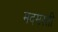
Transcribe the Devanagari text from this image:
मदमस्ती